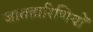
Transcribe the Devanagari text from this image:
जातहारिणियों